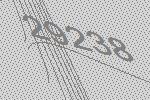
29238